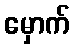
မှောက်